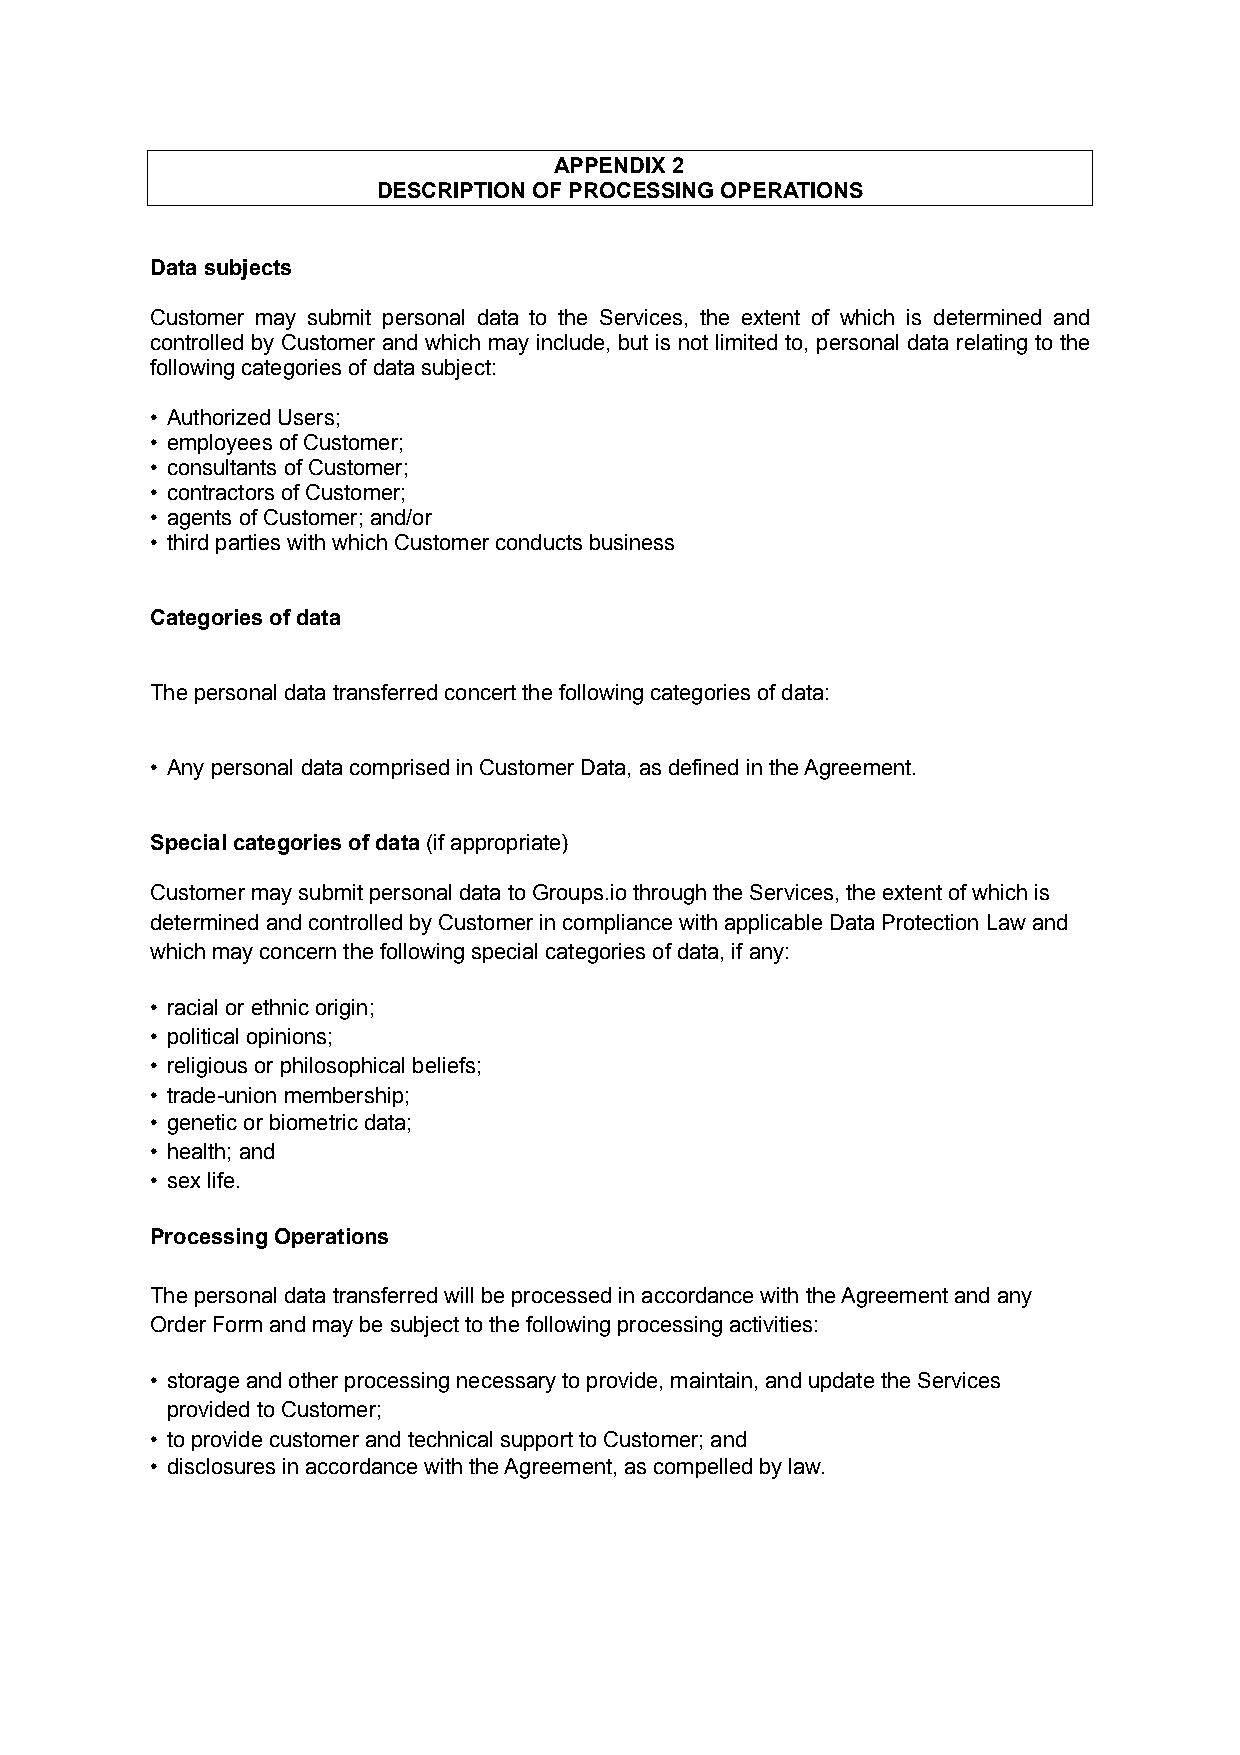
APPENDIX 2
 DESCRIPTION OF PROCESSING OPERATIONS
 Data subjects
 Customer may submit personal data to the Services, the extent of which is determined and
 controlled by Customer and which may include, but is not limited to, personal data relating to the
 following categories of data subject:
 • Authorized Users;
 • employees of Customer;
 • consultants of Customer;
 • contractors of Customer;
 • agents of Customer; and/or
 • third parties with which Customer conducts business
 Categories of data
 The personal data transferred concert the following categories of data:
 • Any personal data comprised in Customer Data, as defined in the Agreement.
 Special categories of data (if appropriate)
 Customer may submit personal data to Groups.io through the Services, the extent of which is
 determined and controlled by Customer in compliance with applicable Data Protection Law and
 which may concern the following special categories of data, if any:
 • racial or ethnic origin;
 • political opinions;
 • religious or philosophical beliefs;
 • trade-union membership;
 • genetic or biometric data;
 • health; and
 • sex life.
 Processing Operations
 The personal data transferred will be processed in accordance with the Agreement and any
 Order Form and may be subject to the following processing activities:
 • storage and other processing necessary to provide, maintain, and update the Services
 provided to Customer;
 • to provide customer and technical support to Customer; and
 • disclosures in accordance with the Agreement, as compelled by law.